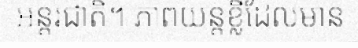
អន្តរជាតិ។ ភាពយន្តខ្លីដែលមាន